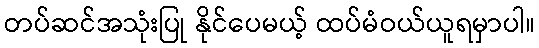
တပ်ဆင်အသုံးပြု နိုင်ပေမယ့် ထပ်မံဝယ်ယူရမှာပါ။